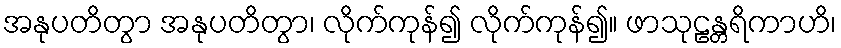
အနုပတိတွာ အနုပတိတွာ၊ လိုက်ကုန်၍ လိုက်ကုန်၍။ ဖာသုဠန္တရိကာဟိ၊